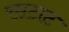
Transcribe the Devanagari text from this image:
रसटाट